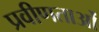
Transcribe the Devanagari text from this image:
प्रवीणताओं